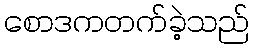
စောဒကတက်ခဲ့သည်